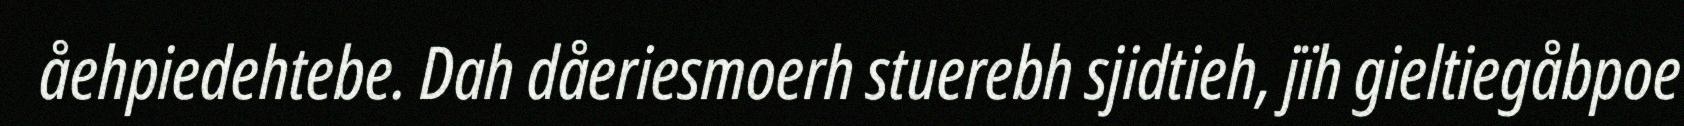
åehpiedehtebe. Dah dåeriesmoerh stuerebh sjidtieh, jïh gieltiegåbpoe